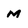
Character: M